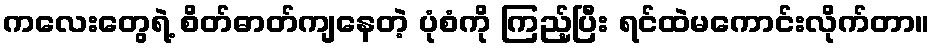
ကလေးတွေရဲ့ စိတ်ဓာတ်ကျနေတဲ့ ပုံစံကို ကြည့်ပြီး ရင်ထဲမကောင်းလိုက်တာ။